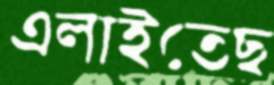
এলাইতেছ